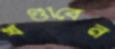
খণ্ডাবেন